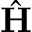
\hat { \bf H }